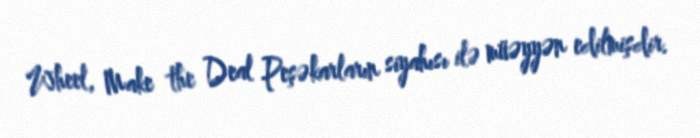
Wheel, Make the Deal Peşəkarların siyahısı ilə müəyyən edilmişdir.